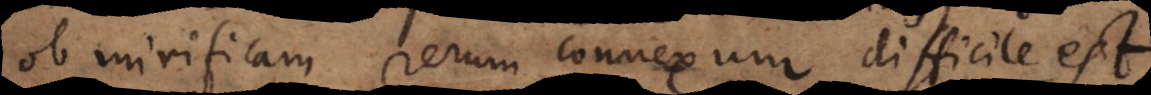
ob mirificum rerum connexum difficile est